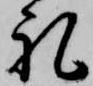
礼